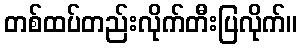
တစ်ထပ်တည်းလိုက်တီးပြလိုက်။